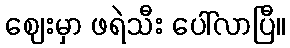
ဈေးမှာ ဖရဲသီး ပေါ်လာပြီ။